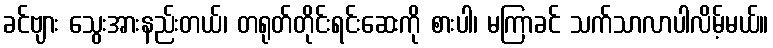
ခင်ဗျား သွေးအားနည်းတယ်၊ တရုတ်တိုင်းရင်းဆေးကို စားပါ၊ မကြာခင် သက်သာလာပါလိမ့်မယ်။